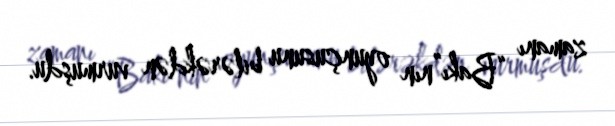
zamanı “Bakı”nın oyunçusunu bilərəkdən vurmuşdu.